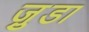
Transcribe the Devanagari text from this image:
जु़डा